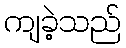
ကျခဲ့သည်